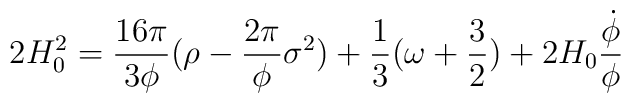
2H_{0}^{2}=\frac{16{\pi}}{3{\phi}}({\rho}-\frac{2{\pi}}{\phi}{\sigma}^{2})+\frac{1}{3}({\omega}+\frac{3}{2})+2H_{0}\frac{\dot{\phi}}{\phi}